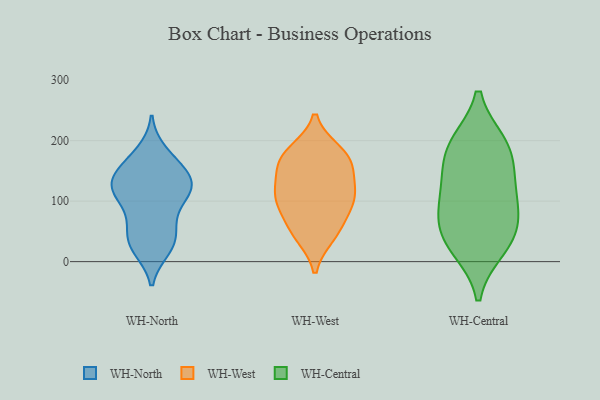
{"axis": {"x": "Temperature (°C)", "y": "Value"}, "legend": ["WH-Central", "WH-North", "WH-West"], "data": [{"x": "", "y": 170, "type": "WH-North"}, {"x": "", "y": 111, "type": "WH-North"}, {"x": "", "y": 28, "type": "WH-North"}, {"x": "", "y": 120, "type": "WH-North"}, {"x": "", "y": 138, "type": "WH-North"}, {"x": "", "y": 77, "type": "WH-North"}, {"x": "", "y": 21, "type": "WH-North"}, {"x": "", "y": 42, "type": "WH-North"}, {"x": "", "y": 142, "type": "WH-North"}, {"x": "", "y": 45, "type": "WH-North"}, {"x": "", "y": 119, "type": "WH-North"}, {"x": "", "y": 160, "type": "WH-North"}, {"x": "", "y": 69, "type": "WH-North"}, {"x": "", "y": 181, "type": "WH-North"}, {"x": "", "y": 118, "type": "WH-North"}, {"x": "", "y": 111, "type": "WH-North"}, {"x": "", "y": 23, "type": "WH-North"}, {"x": "", "y": 125, "type": "WH-North"}, {"x": "", "y": 143, "type": "WH-North"}, {"x": "", "y": 107, "type": "WH-West"}, {"x": "", "y": 180, "type": "WH-West"}, {"x": "", "y": 113, "type": "WH-West"}, {"x": "", "y": 166, "type": "WH-West"}, {"x": "", "y": 63, "type": "WH-West"}, {"x": "", "y": 160, "type": "WH-West"}, {"x": "", "y": 47, "type": "WH-West"}, {"x": "", "y": 121, "type": "WH-West"}, {"x": "", "y": 98, "type": "WH-West"}, {"x": "", "y": 155, "type": "WH-West"}, {"x": "", "y": 43, "type": "WH-West"}, {"x": "", "y": 182, "type": "WH-West"}, {"x": "", "y": 98, "type": "WH-West"}, {"x": "", "y": 23, "type": "WH-Central"}, {"x": "", "y": 82, "type": "WH-Central"}, {"x": "", "y": 83, "type": "WH-Central"}, {"x": "", "y": 33, "type": "WH-Central"}, {"x": "", "y": 179, "type": "WH-Central"}, {"x": "", "y": 193, "type": "WH-Central"}, {"x": "", "y": 126, "type": "WH-Central"}, {"x": "", "y": 130, "type": "WH-Central"}, {"x": "", "y": 194, "type": "WH-Central"}, {"x": "", "y": 48, "type": "WH-Central"}]}